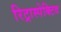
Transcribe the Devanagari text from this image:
रिट्रास्पेक्टिव